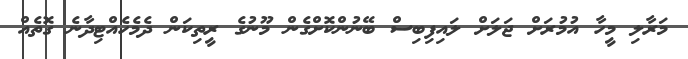
މަރާލި މީހާ އުމުރަށް ޖަލަށް ލައިފިބިސް ބޭނުންކޮށްގެން މޫނުގެ ރީތިކަން ދެމެހެއްޓިދާނެ ގޮތެއް